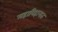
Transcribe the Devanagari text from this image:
महाविहारात